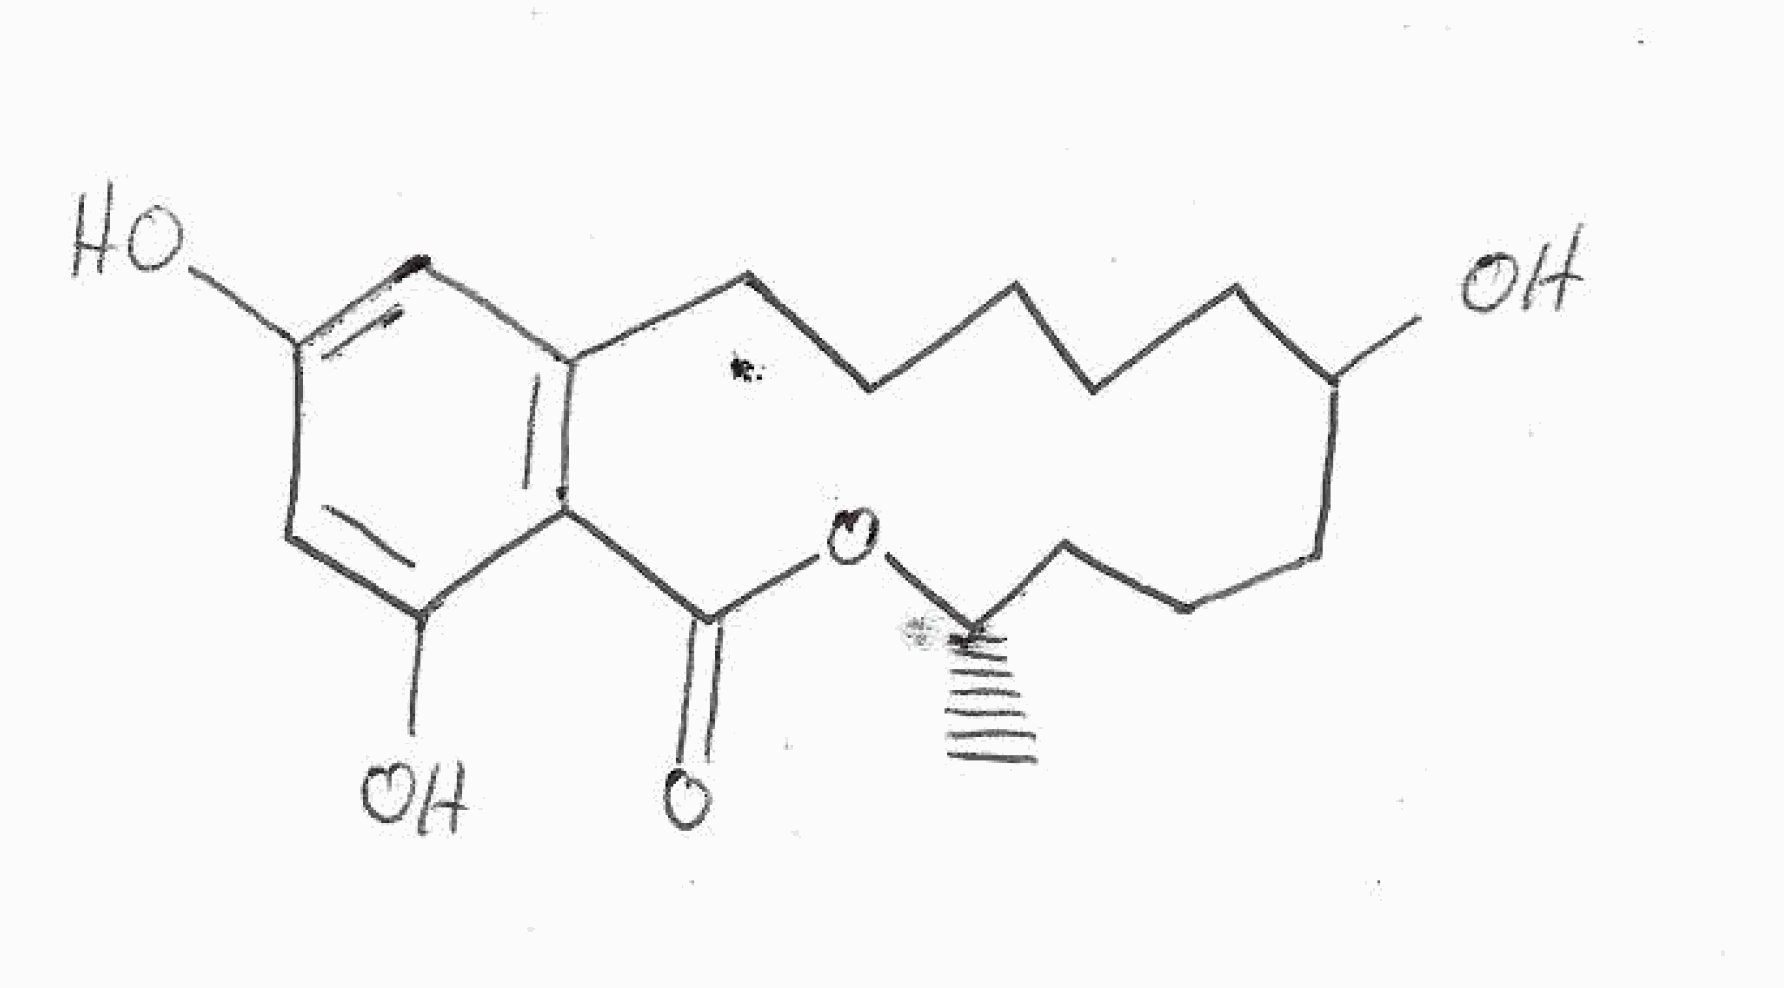
Simplified molecular-input line-entry system (SMILES) notation of the given molecule:
C[C@H]1CCCC(CCCCCC2=C(C(=CC(=C2)O)O)C(=O)O1)O